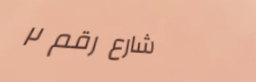
شارع رقم ٢